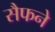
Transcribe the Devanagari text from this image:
सैफने